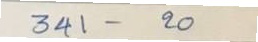
341 - 20